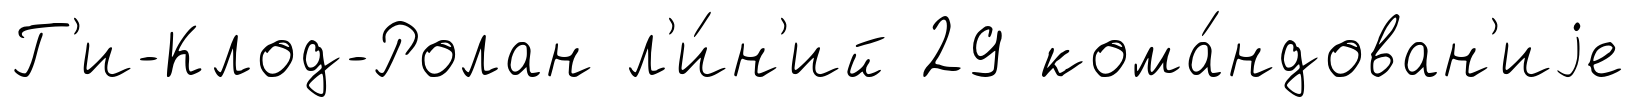
Г'и-Клод-Ролан л'и́н'ий 29 кома́ндован'иjе